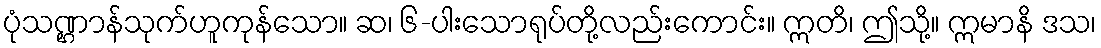
ပုံသဏ္ဌာန်သုက်ဟူကုန်သော။ ဆ၊ ၆-ပါးသောရုပ်တို့လည်းကောင်း။ ဣတိ၊ ဤသို့။ ဣမာနိ ဒသ၊